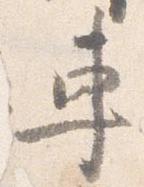
車